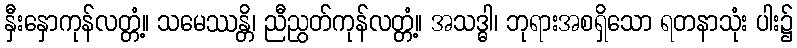
နှီးနှောကုန်လတ္တံ့။ သမေဿန္တိ၊ ညီညွတ်ကုန်လတ္တံ့။ အသဒ္ဓါ၊ ဘုရားအစရှိသော ရတနာသုံး ပါး၌